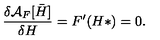
\frac { \delta { \cal A } _ { F } [ { { \bar { H } } } ] } { \delta H } = F ^ { \prime } ( H * ) = 0 .